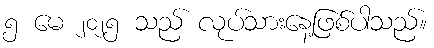
၅ မေ ၂၀၂၅ သည် လုပ်သားနေ့ဖြစ်ပါသည်။